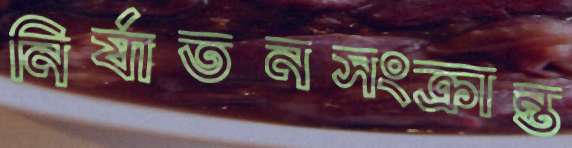
নির্যাতনসংক্রান্ত